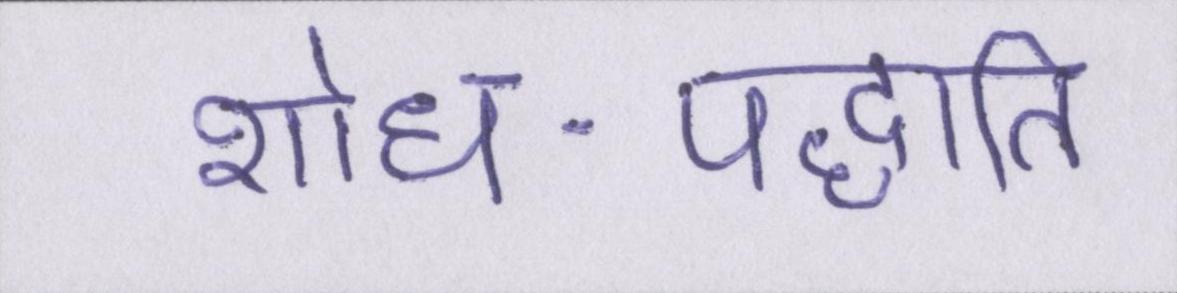
शोध-पद्धति